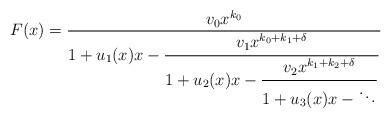
LaTeX: \begin{align*}F(x)={v_0 x^{k_0}\over {1+u_1(x)x-\displaystyle{\strut v_1 x^{k_0+k_1+\delta}\over{1+u_2(x)x-\displaystyle{\strut v_2 x^{k_1+k_2+\delta}\over{1+u_3(x)x-\displaystyle{ \ddots}}}}}}}\end{align*}